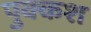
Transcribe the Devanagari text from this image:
पुक्कश